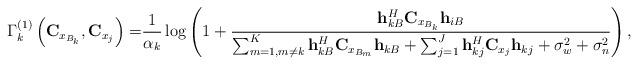
LaTeX: \begin{align*}\Gamma_k^{(1)}\left({\bf C}_{x_{B_k}},{\bf C}_{x_{j}}\right)=&\frac{1}{\alpha_k} \log\left(1+\frac{{\bf h}^{H}_{kB}{\bf C}_{x_{B_k}}{\bf h}_{iB}}{\sum_{m=1,m\neq k}^{K}{\bf h}^{H}_{kB}{\bf C}_{x_{B_m}}{\bf h}_{kB}+\sum_{j=1}^{J}{\bf h}^{H}_{kj}{\bf C}_{x_{j}}{\bf h}_{kj}+\sigma^{2}_w+\sigma _n^{2}}\right),\end{align*}